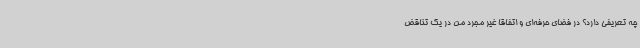
چه تعریفی دارد؟ ‌در فضای حرفه‌ای و اتفاقاً غیر مجرد من در یک تناقض